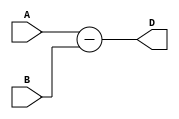
module carry_lookahead_subtractor (
    input [3:0] A,
    input [3:0] B,
    output [3:0] D
);

wire [3:0] G, P, C;

// Generate and Propagate signals
assign G = A & B;
assign P = A ^ B;

// Carry signals
assign C[0] = 0;
assign C[1] = G[0] | (P[0] & C[0]);
assign C[2] = G[1] | (P[1] & C[1]);
assign C[3] = G[2] | (P[2] & C[2]);

// Subtraction operation
assign D = A - B;

endmodule